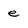
Character: e